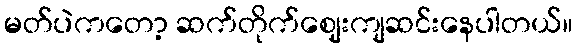
မတ်ပဲကတော့ ဆက်တိုက်ဈေးကျဆင်းနေပါတယ်။